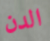
الدن